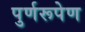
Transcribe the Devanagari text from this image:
पुर्णरूपेण